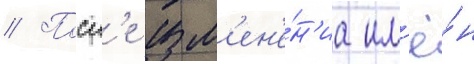
// Посл'е изм'ен'е́н'иа им'ё́н